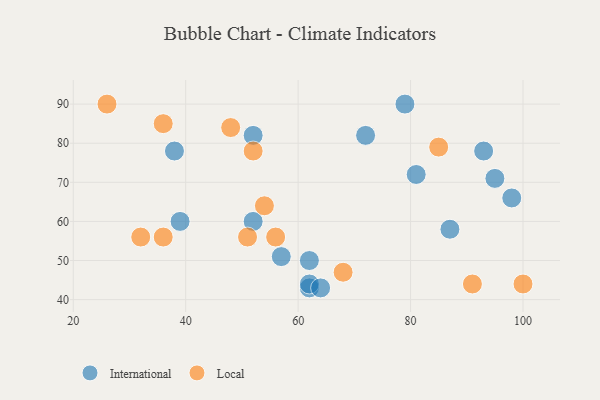
{"axis": {"x": "GDP", "y": "Life Expectancy"}, "legend": ["International", "Local"], "data": [{"x": "39", "y": 60, "type": "International"}, {"x": "52", "y": 60, "type": "International"}, {"x": "93", "y": 78, "type": "International"}, {"x": "95", "y": 71, "type": "International"}, {"x": "98", "y": 66, "type": "International"}, {"x": "62", "y": 43, "type": "International"}, {"x": "52", "y": 82, "type": "International"}, {"x": "62", "y": 50, "type": "International"}, {"x": "81", "y": 72, "type": "International"}, {"x": "57", "y": 51, "type": "International"}, {"x": "79", "y": 90, "type": "International"}, {"x": "62", "y": 44, "type": "International"}, {"x": "72", "y": 82, "type": "International"}, {"x": "87", "y": 58, "type": "International"}, {"x": "38", "y": 78, "type": "International"}, {"x": "64", "y": 43, "type": "International"}, {"x": "48", "y": 84, "type": "Local"}, {"x": "26", "y": 90, "type": "Local"}, {"x": "68", "y": 47, "type": "Local"}, {"x": "32", "y": 56, "type": "Local"}, {"x": "36", "y": 56, "type": "Local"}, {"x": "85", "y": 79, "type": "Local"}, {"x": "56", "y": 56, "type": "Local"}, {"x": "100", "y": 44, "type": "Local"}, {"x": "91", "y": 44, "type": "Local"}, {"x": "51", "y": 56, "type": "Local"}, {"x": "36", "y": 85, "type": "Local"}, {"x": "52", "y": 78, "type": "Local"}, {"x": "54", "y": 64, "type": "Local"}]}